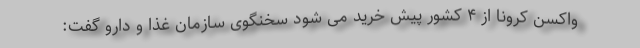
واکسن کرونا از ۴ کشور پیش خرید می شود سخنگوی سازمان غذا و دارو گفت: